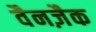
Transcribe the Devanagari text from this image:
वैनज़ैक